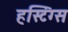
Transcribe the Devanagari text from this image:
हस्टिंग्स